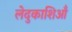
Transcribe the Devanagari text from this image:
लेदुकाशिआँ